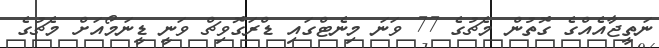
ނަތީޖާއެއްގެ ގޮތުން މެޗުގެ 77 ވަނަ މިނެޓްގައި ޑްރަގޮވިޗް ވަނީ ޑީނަމޯއަށް މެޗުގެ